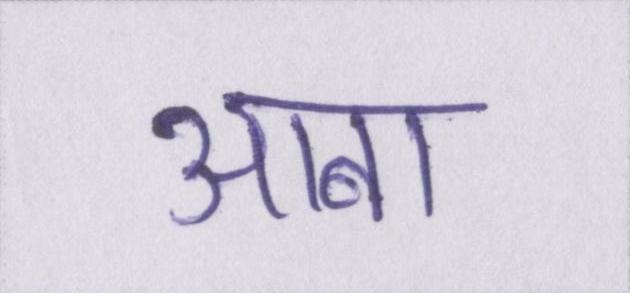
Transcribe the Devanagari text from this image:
आबा